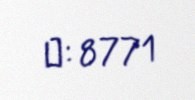
№: 8771